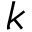
k